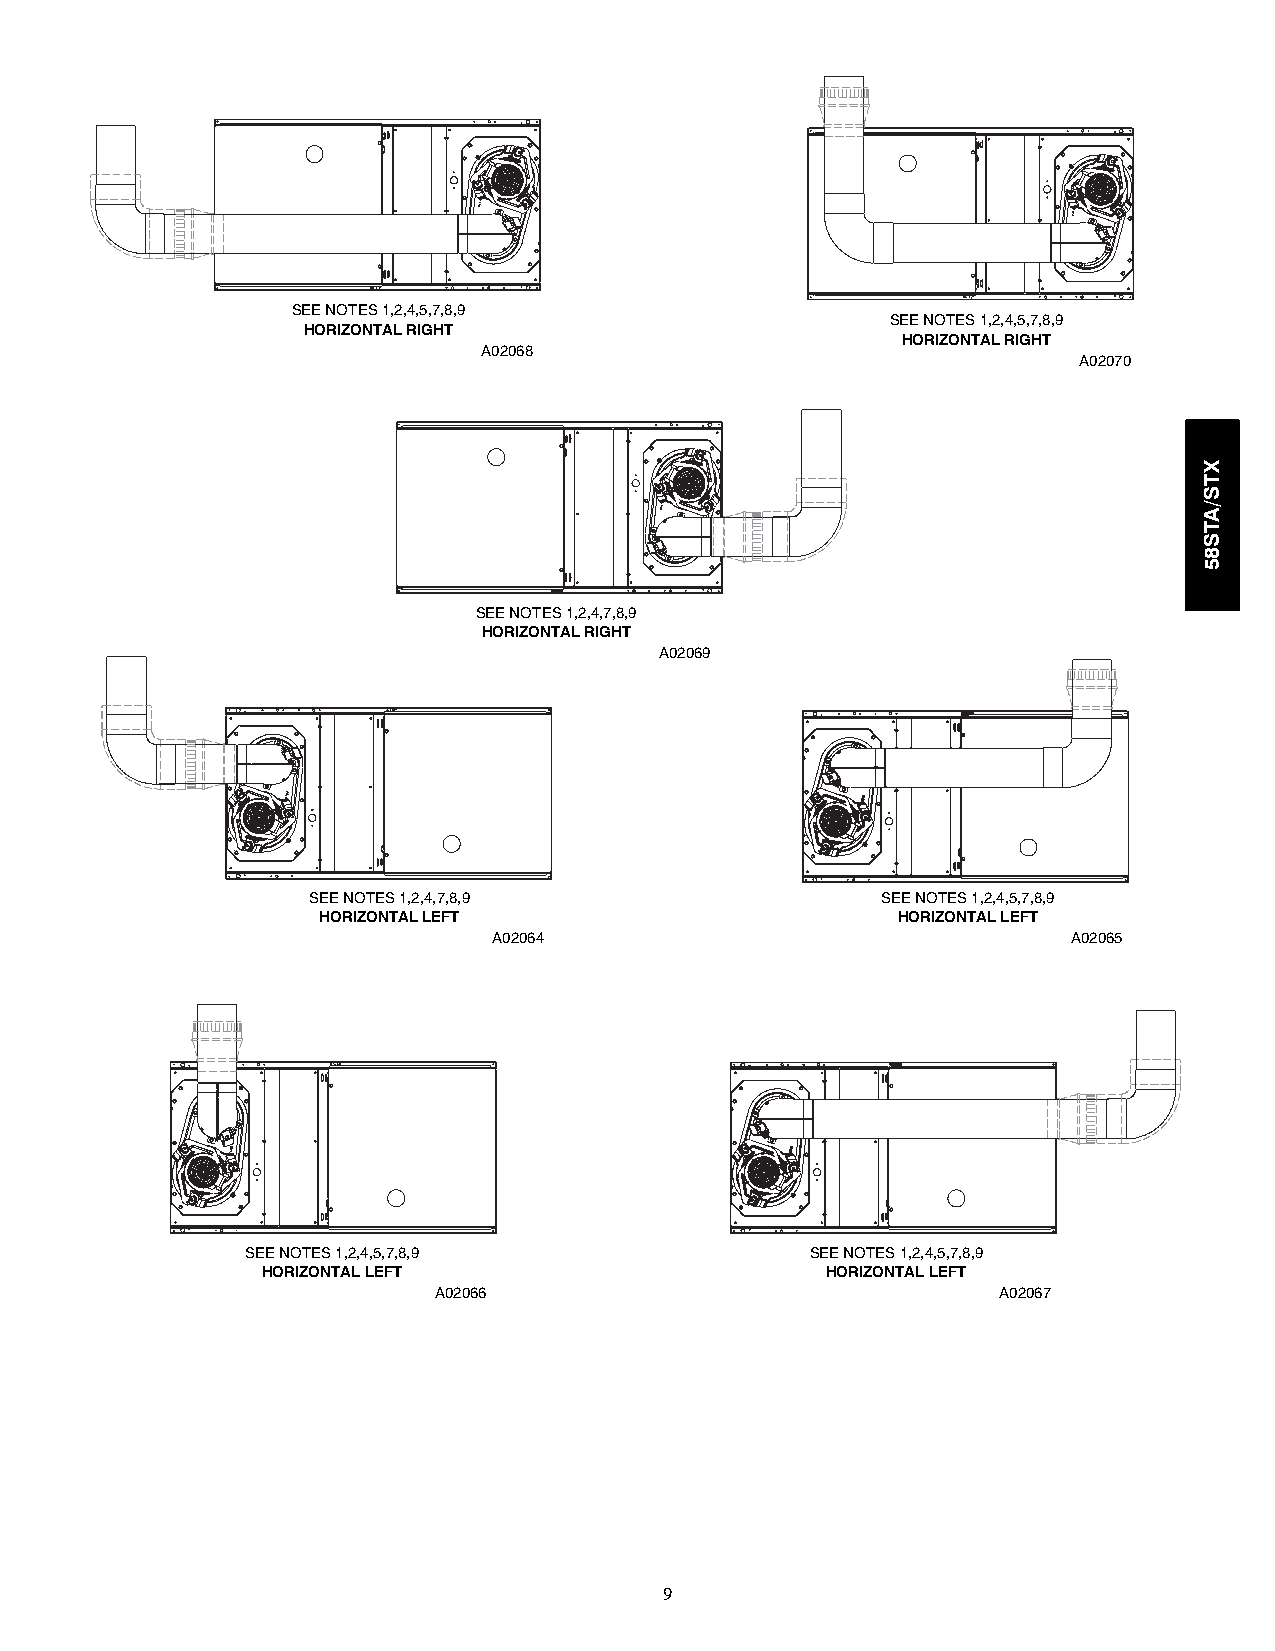
SEE NOTES 1,2,4,5,7,8,9
 SEE NOTES 1,2,4,5,7,8,9
 HORIZONTAL RIGHT
 HORIZONTAL RIGHT
 A02068
 A02070
 SEE NOTES 1,2,4,7,8,9
 HORIZONTAL RIGHT
 A02069
 SEE NOTES 1,2,4,7,8,9                 SEE NOTES 1,2,4,5,7,8,9
 HORIZONTAL LEFT                       HORIZONTAL LEFT
 A02064                                A02065
 SEE NOTES 1,2,4,5,7,8,9               SEE NOTES 1,2,4,5,7,8,9
 HORIZONTAL LEFT                       HORIZONTAL LEFT
 A02066                               A02067
 9
 XTS/ATS85